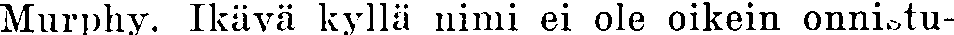
Murphy. Ikävä kyllä nimi ei ole oikein onnistu-